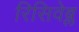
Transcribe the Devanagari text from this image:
रिसिवेब्ल